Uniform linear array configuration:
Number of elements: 8
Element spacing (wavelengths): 0.75
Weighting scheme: cosine
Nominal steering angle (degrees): -45
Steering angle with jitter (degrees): -44.095
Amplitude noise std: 0.05
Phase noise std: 0.05

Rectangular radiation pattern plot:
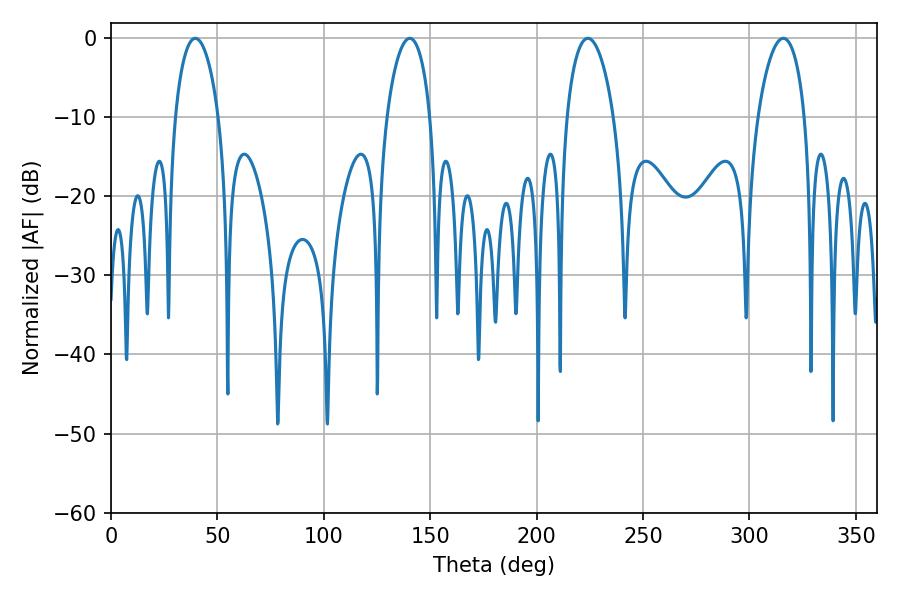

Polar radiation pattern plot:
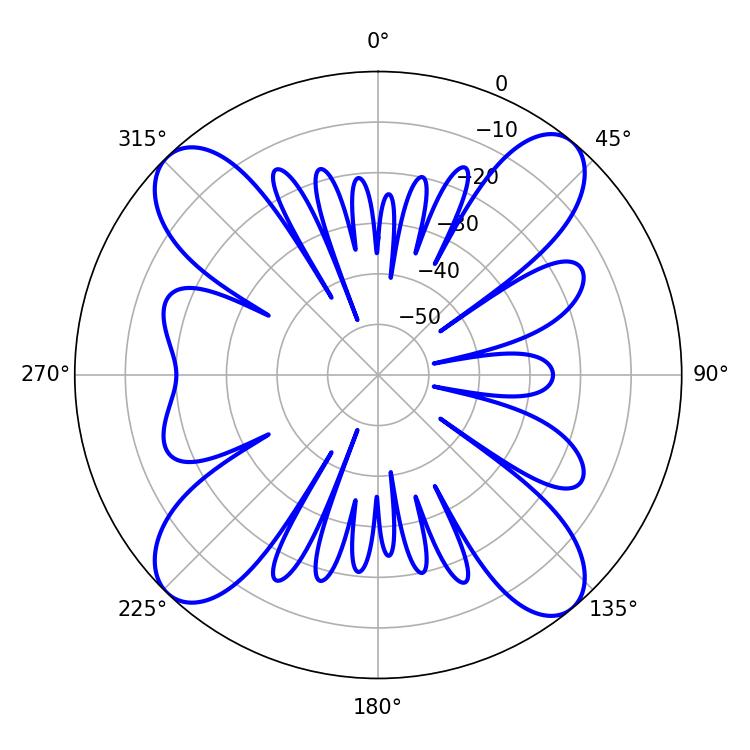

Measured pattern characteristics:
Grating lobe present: TRUE
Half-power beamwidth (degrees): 11.7
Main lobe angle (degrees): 39.6